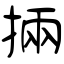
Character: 掚